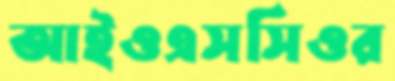
আইওএসসিওর